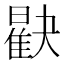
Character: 𪱖